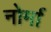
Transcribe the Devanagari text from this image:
नोर्मा